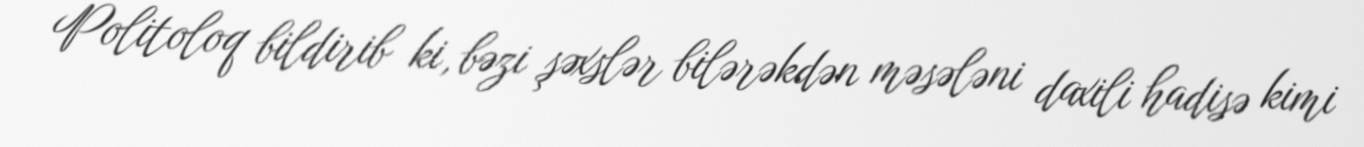
Politoloq bildirib ki, bəzi şəxslər bilərəkdən məsələni daxili hadisə kimi